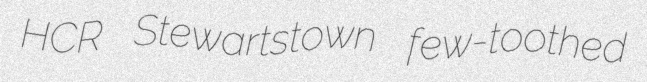
HCR Stewartstown few-toothed